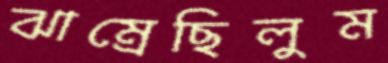
ঝাম্‌রেছিলুম